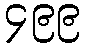
၄၉၉